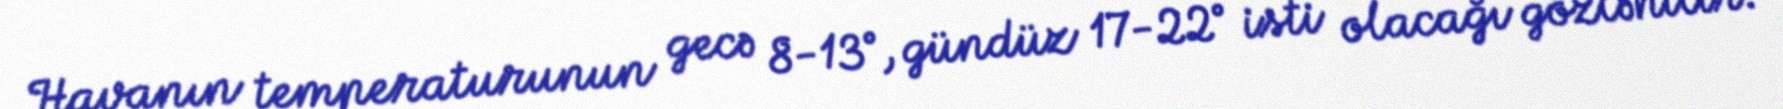
Havanın temperaturunun gecə 8-13°, gündüz 17-22° isti olacağı gözlənilir.